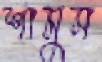
শামুস